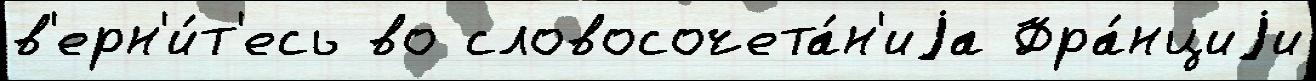
в'ерн'и́т'есь во словосочета́н'иjа Фра́нциjи